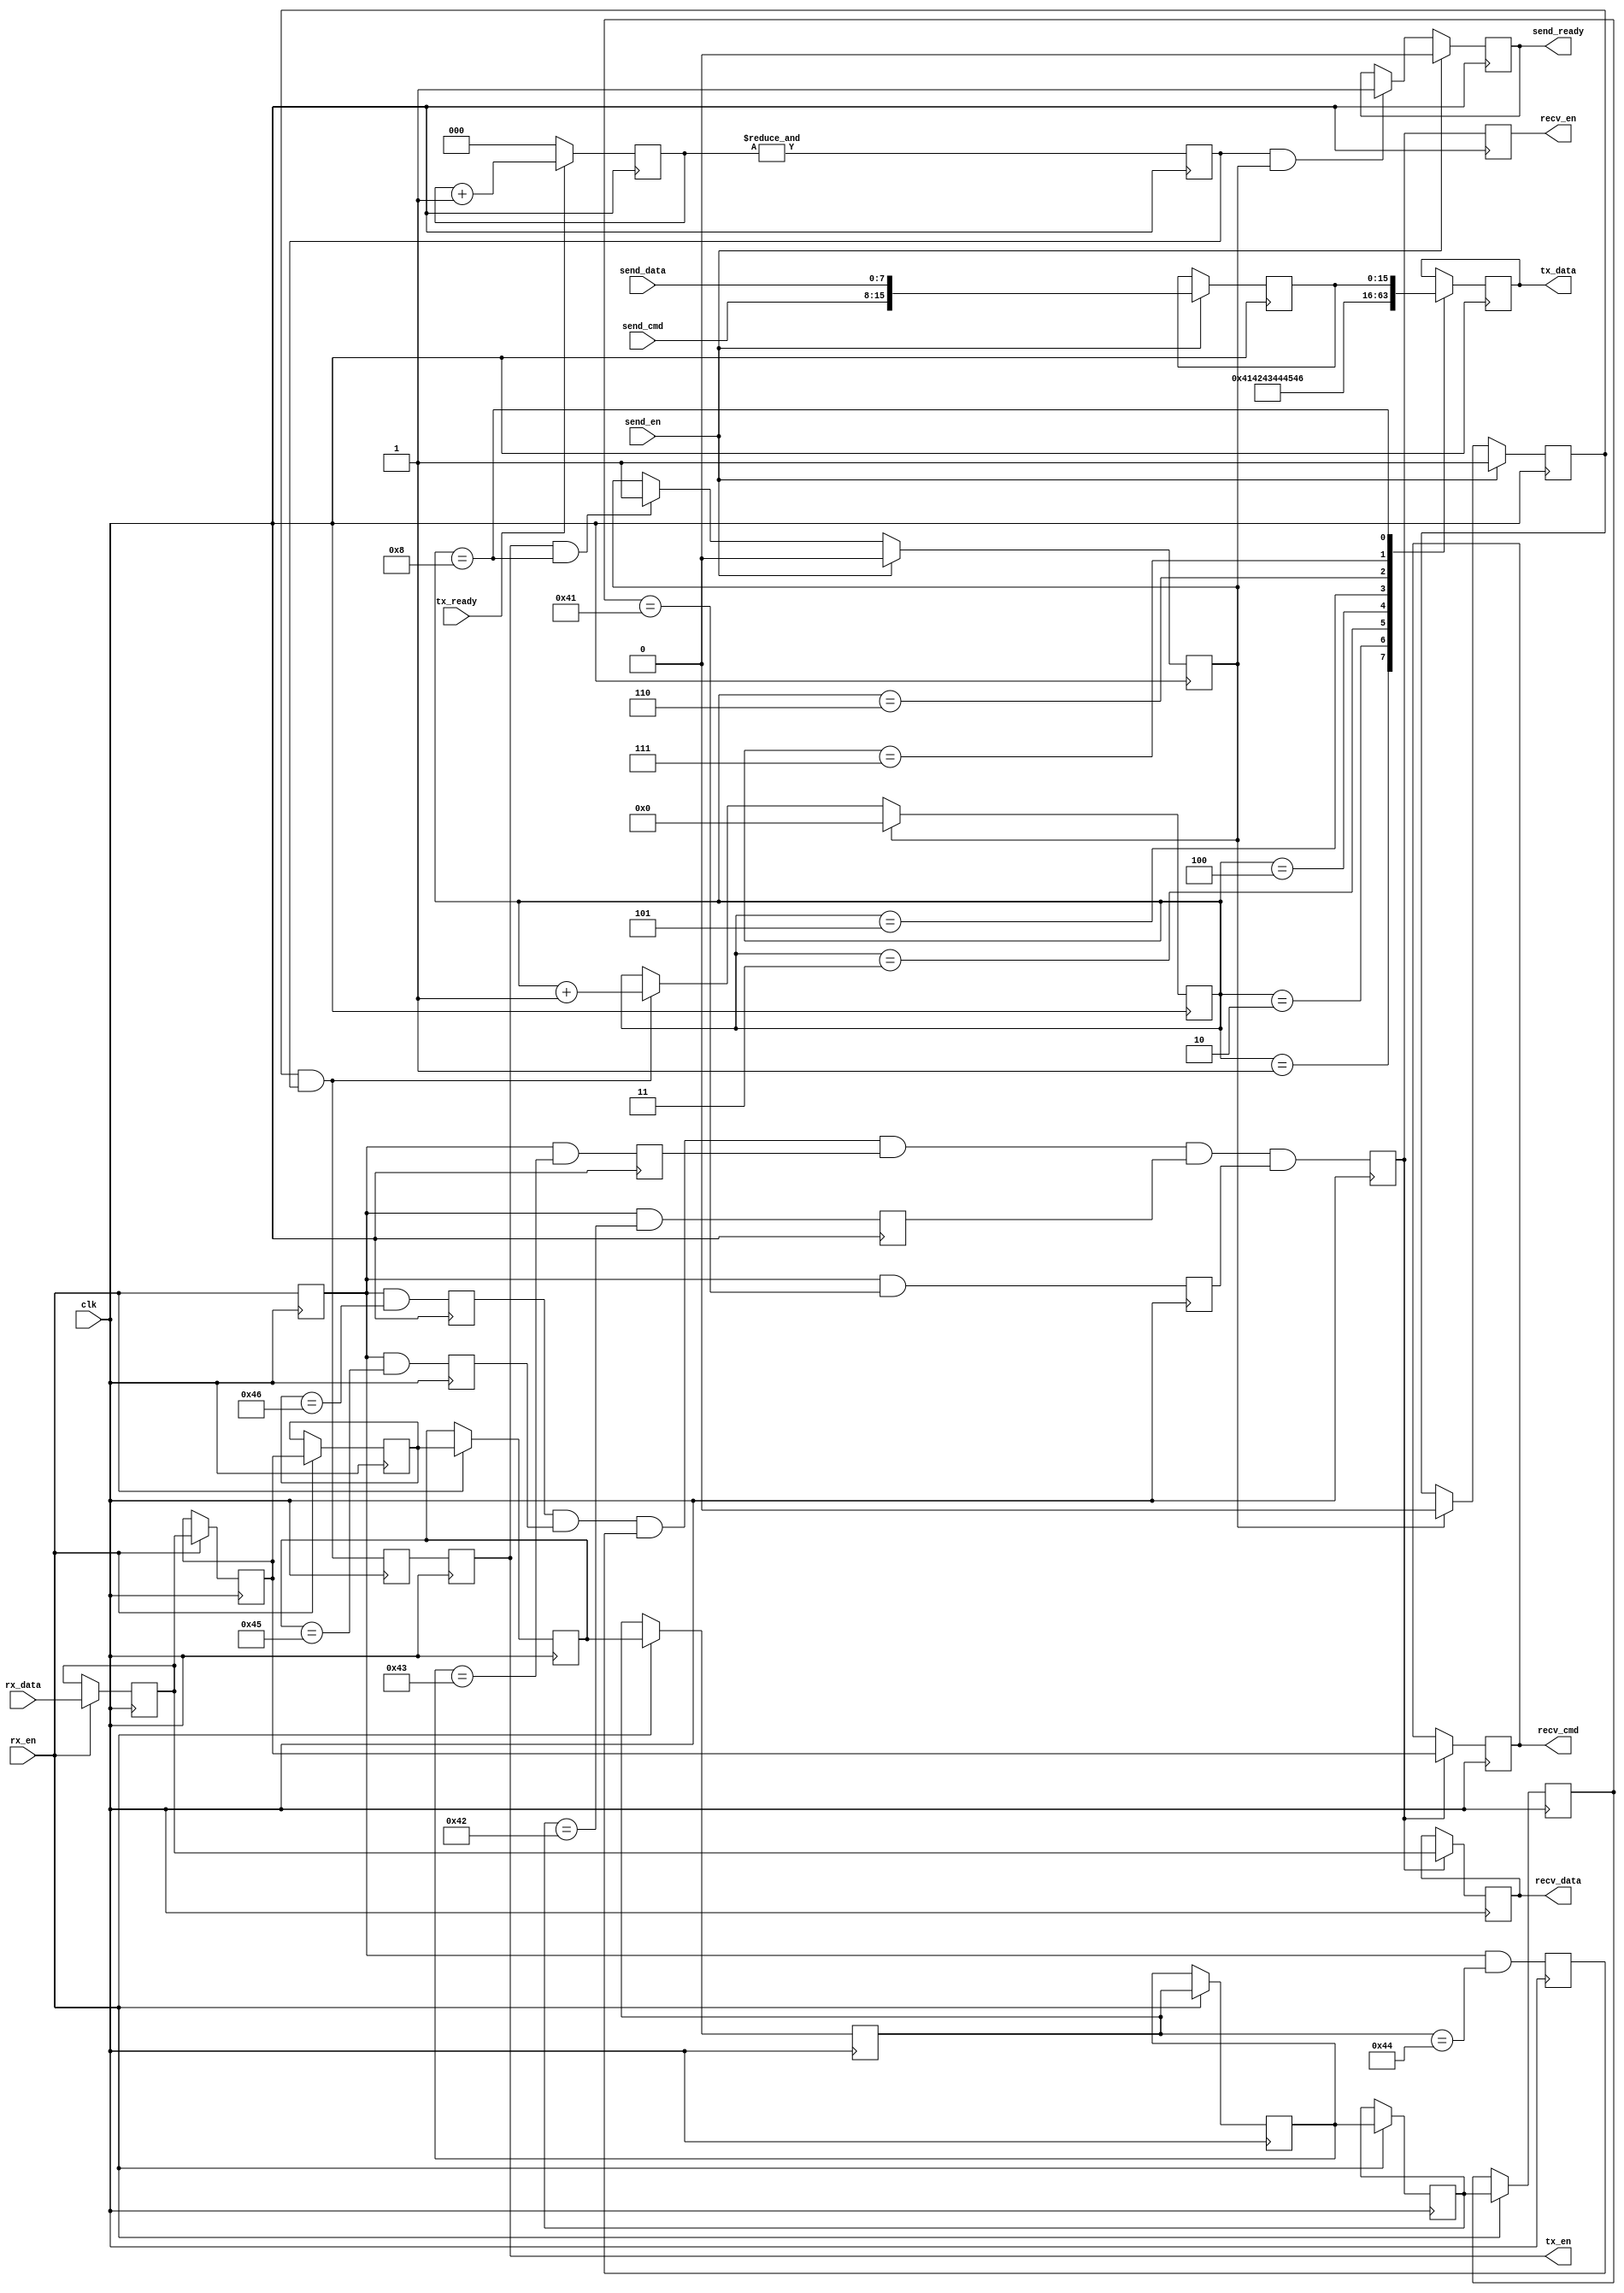
// This program was cloned from: https://github.com/verimake-team/SparkRoad-V
// License: MIT License

`timescale 1ns / 1ps
//////////////////////////////////////////////////////////////////////////////////
// Company: 
// Engineer: 
// 
// Create Date:
// Design Name: 
// Module Name: ubus
// Project Name: 
// Target Devices: 
// Tool Versions: 
// Description: 
// 
// Dependencies: 
// 
// Revision:
// Revision 0.01 - File Created
// Additional Comments:
// 
//////////////////////////////////////////////////////////////////////////////////

module ubus
(
    input   wire		clk,
    
    // uart-rx
    input   wire		rx_en,
    input   wire [7:0]	rx_data,
    
    // uart-tx
    output  reg			tx_en,
    output  reg [7:0]	tx_data,
    input   wire		tx_ready,
    
	// uart recv
	output	reg			recv_en,
	output	reg [7:0]	recv_cmd,
	output	reg [7:0]	recv_data,
	
    // uart send
    input   wire		send_en,
    input   wire [7:0]	send_cmd,
    input   wire [7:0]	send_data,
    output  reg			send_ready
);

// 
localparam HEAD_0 = "A";
localparam HEAD_1 = "B";
localparam HEAD_2 = "C";
localparam HEAD_3 = "D";
localparam HEAD_4 = "E";
localparam HEAD_5 = "F";

// 
reg rx_en_d;
reg [7:0] shift_reg0;
reg [7:0] shift_reg1;
reg [7:0] shift_reg2;
reg [7:0] shift_reg3;
reg [7:0] shift_reg4;
reg [7:0] shift_reg5;
reg [7:0] shift_reg6;
reg [7:0] shift_reg7;
reg frame_head_flag0;
reg frame_head_flag1;
reg frame_head_flag2;
reg frame_head_flag3;
reg frame_head_flag4;
reg frame_head_flag5;
reg frame_head_flag;
reg send_start;
reg send_finish;
reg [3:0] send_cnt;
reg send_flag;
reg [15:0] tx_buffer;
reg [2:0] tx_ready_cnt;
reg tx_ready_flag;

initial
begin
	send_start = 0;
	send_finish = 1;
end

////////////////////////////////////////  ///////////////////////////////////////////
// 
always@(posedge clk)
begin
    if(rx_en)
    begin
        shift_reg0 <= rx_data;
        shift_reg1 <= shift_reg0;
        shift_reg2 <= shift_reg1;
        shift_reg3 <= shift_reg2;
        shift_reg4 <= shift_reg3;
        shift_reg5 <= shift_reg4;
        shift_reg6 <= shift_reg5;
        shift_reg7 <= shift_reg6;
    end
end

// 
always@(posedge clk)
begin
    rx_en_d <= rx_en;
end

// 
always@(posedge clk)
begin
    frame_head_flag0 <= rx_en_d && (shift_reg2 == HEAD_5);
    frame_head_flag1 <= rx_en_d && (shift_reg3 == HEAD_4);
    frame_head_flag2 <= rx_en_d && (shift_reg4 == HEAD_3);
    frame_head_flag3 <= rx_en_d && (shift_reg5 == HEAD_2);
    frame_head_flag4 <= rx_en_d && (shift_reg6 == HEAD_1);
    frame_head_flag5 <= rx_en_d && (shift_reg7 == HEAD_0);
end

// 
always@(posedge clk)
begin
    frame_head_flag <= frame_head_flag0 & frame_head_flag1 & frame_head_flag2 & frame_head_flag3 & frame_head_flag4 & frame_head_flag5;
end

// 
always@(posedge clk)
begin
    recv_en <= frame_head_flag;
    if(frame_head_flag)
    begin
		recv_cmd <= shift_reg1;
		recv_data <= shift_reg0;
    end
end

////////////////////////////////////////  ///////////////////////////////////////////
// /
always@(posedge clk)
begin
    if(send_en)
        tx_buffer <= {send_cmd,send_data};
end

// 
always@(posedge clk)
begin
	if(send_en)
        send_start <= 1;
    else if(send_finish)
        send_start <= 0;
end

// 
always@(posedge clk)
begin
	if(send_en)
        send_finish <= 0;
    else if(tx_en && send_cnt == 8)
        send_finish <= 1;
end

// 
always@(posedge clk)
begin
	if(tx_ready)
		tx_ready_cnt <= tx_ready_cnt + 1;
	else
		tx_ready_cnt <= 0;
end

// 
always@(posedge clk)
begin
	tx_ready_flag <= &tx_ready_cnt;
end

// 
always@(posedge clk)
begin
    send_flag <= (send_start && tx_ready_flag);
    tx_en <= send_flag;
end

// 
always@(posedge clk)
begin
	if(send_finish)
        send_cnt <= 0;
    else if(send_start && tx_ready_flag)
        send_cnt <= send_cnt + 1;
end

// 
always@(posedge clk)
begin
    case(send_cnt)
     1:  tx_data <= HEAD_0;
     2:  tx_data <= HEAD_1;
     3:  tx_data <= HEAD_2;
     4:  tx_data <= HEAD_3;
     5:  tx_data <= HEAD_4;
     6:  tx_data <= HEAD_5;
     7:  tx_data <= tx_buffer[15:8];
     8:  tx_data <= tx_buffer[7:0];
    endcase
end

// 
always@(posedge clk)
begin
	if(send_en)
        send_ready <= 0;
    else if(tx_ready_flag && send_finish)
        send_ready <= 1;
end

endmodule